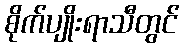
စိုက်ပျိုးရာသီတွင်